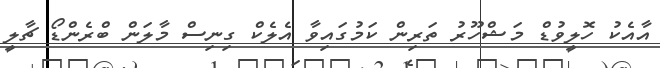
އާއެކު ހޮލީވުޑް މަޝްހޫރު ތަރިން ކަމުގައިވާ އެލެކް ގިނިސް މާލަން ބްރެންޑޯ ޗާލީ